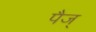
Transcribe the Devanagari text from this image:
पैज्